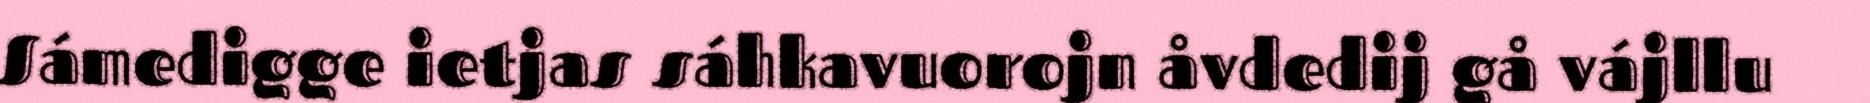
Sámedigge ietjas sáhkavuorojn åvdedij gå vájllu